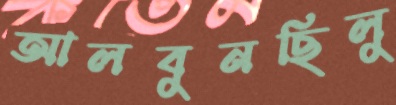
আলবুনছিলু